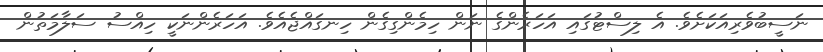
ނަސީބުވެރިއަކަށެވެ. އެ ލިސްޓުގައި އަހަރެންގެ ނަން ހިމެންގިގެން ހިނގައްޖެއެވެ. އަހަރެންނަކީ ހިއްސު ސަލާމަތުން